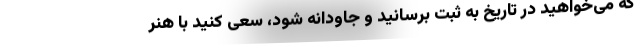
که می‌خواهید در تاریخ به ثبت برسانید و جاودانه شود، سعی کنید با هنر